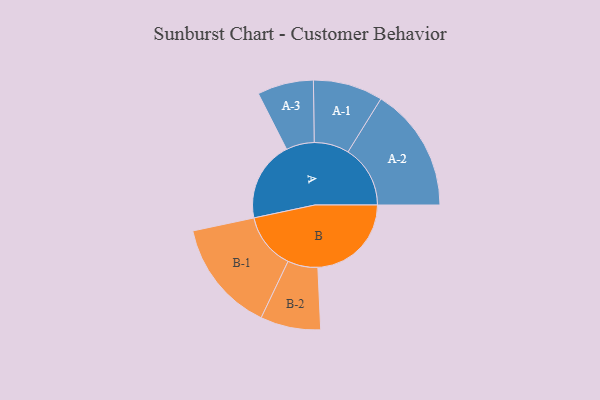
{"axis": {"x": "Segment", "y": "Value"}, "legend": ["", "A", "B"], "data": [{"x": "A", "y": 357, "type": ""}, {"x": "B", "y": 416, "type": ""}, {"x": "A-1", "y": 155, "type": "A"}, {"x": "A-2", "y": 277, "type": "A"}, {"x": "A-3", "y": 125, "type": "A"}, {"x": "B-1", "y": 250, "type": "B"}, {"x": "B-2", "y": 134, "type": "B"}]}